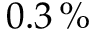
0 . 3 \, \%